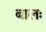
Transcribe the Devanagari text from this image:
बालः